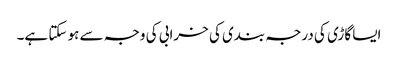
ایسا گاڑی کی درجہ بندی کی خرابی کی وجہ سے ہو سکتا ہے۔